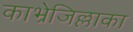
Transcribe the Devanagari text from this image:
काभ्रेजिल्लाका